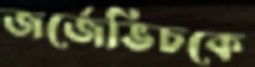
জর্জেভিচকে